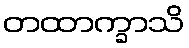
တထာက္ခာသိ